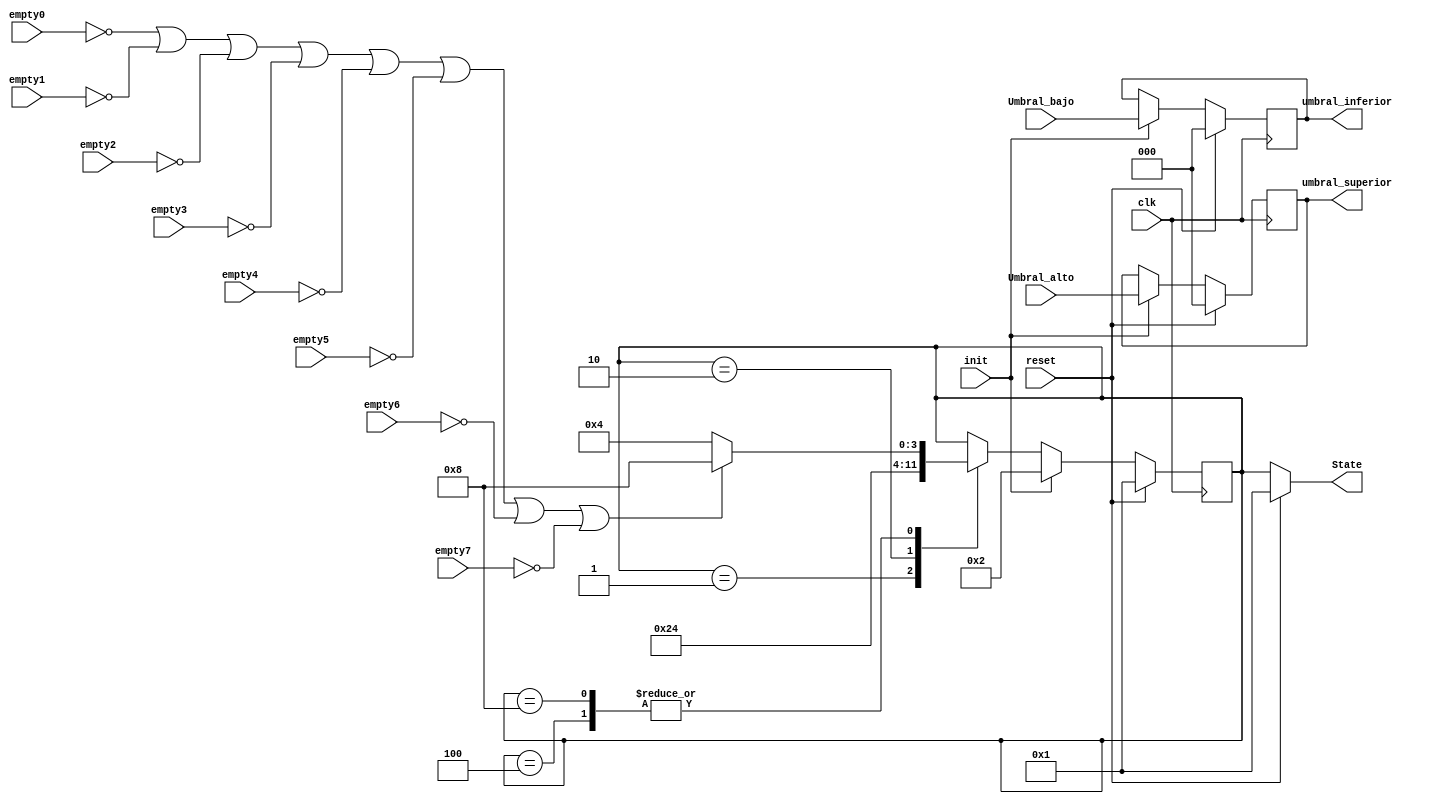
module state_machine(
    output reg [2:0] umbral_superior, umbral_inferior,
    output reg [3:0] State,
    input clk,
    input [2:0] Umbral_bajo, Umbral_alto,
    input reset,
    input init,
    input empty0,empty1,empty2,empty3,empty4,empty5,empty6,empty7
);
reg [3:0] Nxt_State, Estado;

parameter [3:0] RESET = 4'b0001 ;
parameter [3:0] INIT = 4'b0010 ;
parameter [3:0] IDLE = 4'b0100 ;
parameter [3:0] ACTIVE = 4'b1000 ;

always @(posedge clk ) begin
    if (reset) begin
        Estado <= RESET;
        umbral_superior <=0;
        umbral_inferior <=0;
    end
    else begin
        if(init) begin
           Estado <= INIT;
            umbral_superior <=Umbral_alto;
            umbral_inferior <=Umbral_bajo;
        end
        else begin
            Estado <=Nxt_State;
        end
    end
end

always @(*) begin
    if (reset) begin
        State = RESET;
        Nxt_State=0;
    end

    else begin 
        State=Estado;
        Nxt_State=Estado;
        case (Estado)
        // RESET
        RESET: begin
            Nxt_State=INIT;
        end  
        // INIT
        INIT: begin
            Nxt_State=IDLE;
        end
        // IDLE
        IDLE: begin
            if (empty0==0||empty1==0||empty2==0||empty3==0||empty4==0||empty5==0||empty6==0||empty7==0) begin
                Nxt_State=ACTIVE;
            end
            else begin
                Nxt_State=IDLE;
            end  
        end
        // ACTIVE
        ACTIVE: begin
            if (empty0==0||empty1==0||empty2==0||empty3==0||empty4==0||empty5==0||empty6==0||empty7==0 ) begin
                Nxt_State=ACTIVE;
            end
            else begin
                Nxt_State = IDLE;
            end
        end
        endcase
    end
end
endmodule